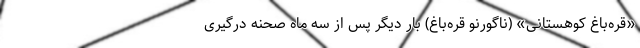
«قره‌باغ کوهستانی» (ناگورنو قره‌باغ) بار دیگر پس از سه ماه صحنه درگیری